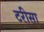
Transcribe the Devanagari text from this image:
टरीसा